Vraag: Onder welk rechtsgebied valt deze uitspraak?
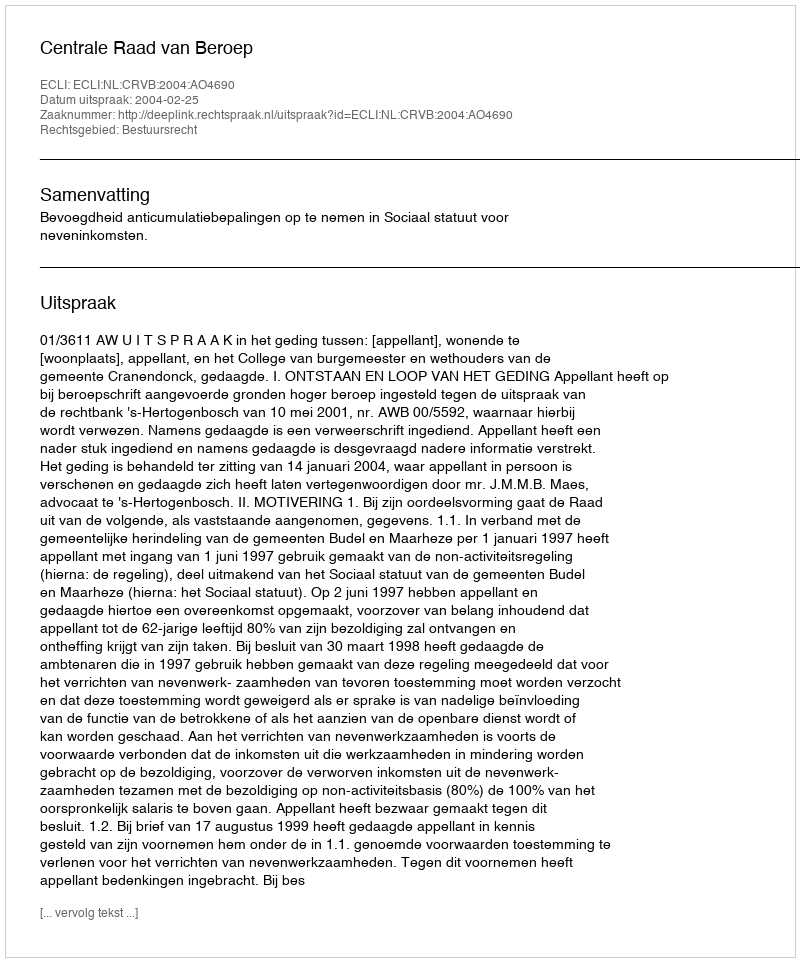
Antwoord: Bestuursrecht